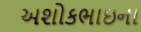
અશોકભાઇના